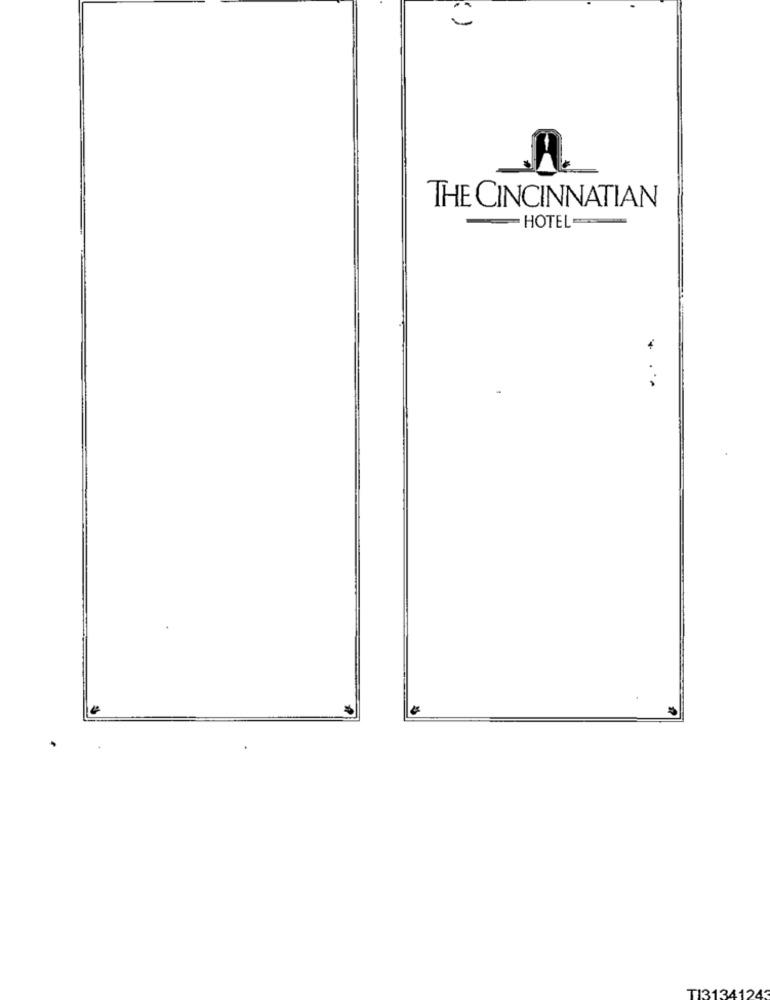
THE CINCINNATIAN
HOTEL
...
TI3134124